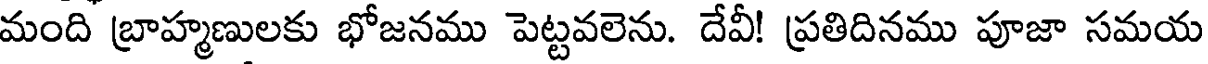
మంది బ్రాహ్మణులకు భోజనము పెట్టవలెను. దేవీ! ప్రతిదినము పూజా సమయ